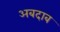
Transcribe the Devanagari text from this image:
अबदाब